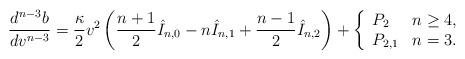
LaTeX: \begin{align*} \frac{d^{n-3}b}{dv^{n-3}}=\frac{\kappa}{2}v^2\left(\frac{n+1}{2}\hat{I}_{n,0}-n\hat{I}_{n,1}+\frac{n-1}{2}\hat{I}_{n,2}\right)+\left\{ \begin{array}{ll} P_2 & n\geq 4,\\ P_{2,1} & n =3. \end{array}\right.\end{align*}